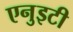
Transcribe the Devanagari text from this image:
एनुइटी